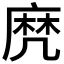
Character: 𪎑